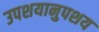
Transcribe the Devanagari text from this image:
उपशयानुपशय